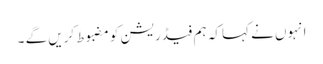
انہوں نے کہا کہ ہم فیڈریشن کو مضبوط کریں گے ۔